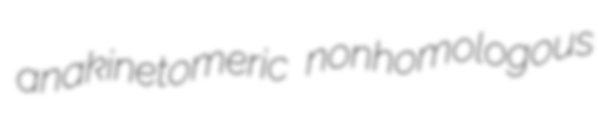
anakinetomeric nonhomologous